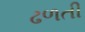
ઢળતી